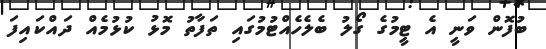
ބުފޮން ވަނީ އެ ޓީމުގެ ގޯލު ބެލެހެއްޓުމުގައި ތަފާތު މޮޅު ކުޅުމެއް ދައްކައިފަ